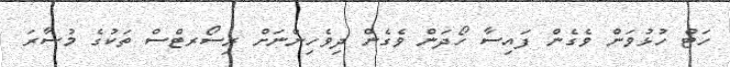
ހަޓް ހުޅުވަން ވެގެން ފައިސާ ހޯދަން ވެގެން ދިވެހިންނަށް ރިސޯރޓްސް ތަކުގެ މުސާރަ